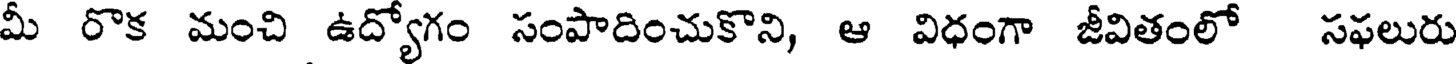
మీ రొక మంచి ఉద్యోగం సంపాదించుకొని, ఆ విధంగా జీవితంలో సఫలురు